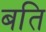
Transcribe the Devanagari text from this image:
बति